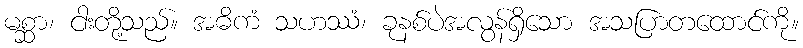
မစ္ဆာ၊ ငါးတို့သည်။ အဓိကံ သဟဿံ၊ ခုနစ်ပဲအလွန်ရှိသော အသပြာတထောင်ကို။